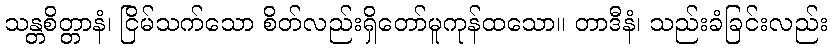
သန္တစိတ္တာနံ၊ ငြိမ်သက်သော စိတ်လည်းရှိတော်မူကုန်ထသော။ တာဒီနံ၊ သည်းခံခြင်းလည်း